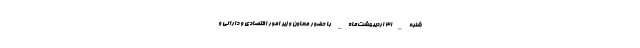
شنبه _31 اردیبهشت‌ماه_ با حضور معاون وزیر امور اقتصادی و دارائی و